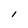
Character: l